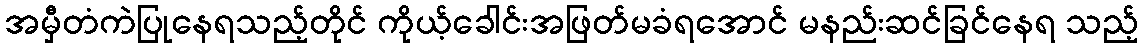
အမှီတံကဲပြုနေရသည့်တိုင် ကိုယ့်ခေါင်းအဖြတ်မခံရအောင် မနည်းဆင်ခြင်နေရ သည့်